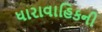
ધારાવાહિકની